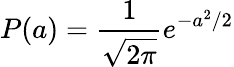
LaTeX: P(a)=\frac{1}{\sqrt{2\pi}}e^{-a^{2}/2}